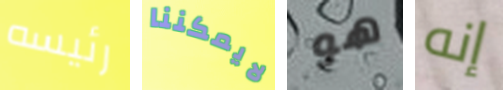
رئيسه لايمكننا هو إنه